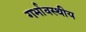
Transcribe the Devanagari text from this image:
गर्भावस्थीय